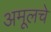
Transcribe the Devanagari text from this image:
अमूलचे